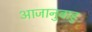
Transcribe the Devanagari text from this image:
आजानुबाहु